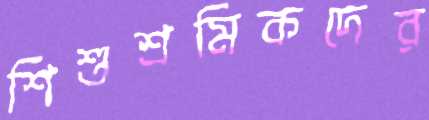
শিশুশ্রমিকদের